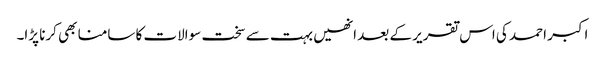
اکبر احمد کی اس تقریر کے بعد انھیں بہت سے سخت سوالات کا سامنا بھی کرنا پڑا۔